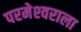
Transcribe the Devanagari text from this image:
परमेश्‍वराला